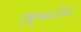
રજૂઆતોના